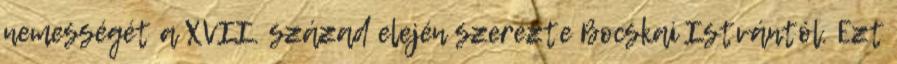
nemességét a XVII. század elején szerezte Bocskai Istvántól. Ezt